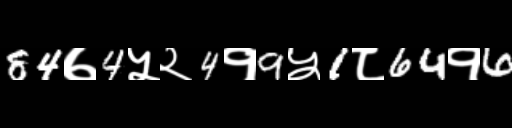
Text: 84७4५२4१9५1८64१6